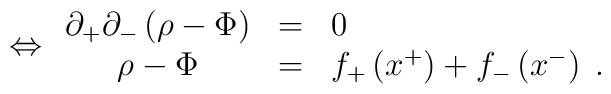
\Leftrightarrow\begin{array}{ccl}\partial_+\partial_-\left(\rho-\Phi\right)&=&0\\\rho-\Phi&=&f_+\left(x^+\right)+f_-\left(x^-\right)\;.\end{array}